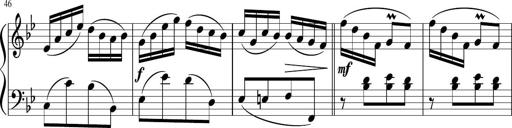
Title: 12 Keyboard Sonatinas
Composer: James Hook